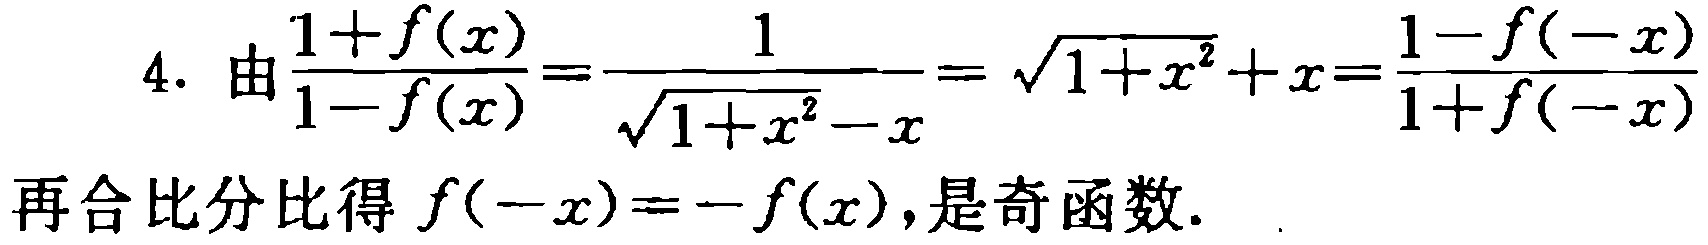
\[

4.\ 由\frac{1 + f(x)}{1 - f(x)}=\frac{1}{\sqrt{1 + x^{2}} - x}=\sqrt{1 + x^{2}} + x=\frac{1 - f(-x)}{1 + f(-x)}

\]

再合比分比得 \(f(-x)=-f(x)\),是奇函数.